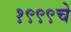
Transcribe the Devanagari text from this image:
१९९९चे